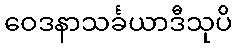
ဝေဒနာသင်္ခယာဒီသုပိ